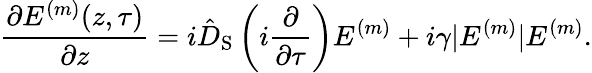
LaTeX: \frac{\partial E^{(m)}(z,\tau)}{\partial z}=i\hat{D}_{\mathrm{S}}\left(i\frac{\partial}{\partial\tau}\right)E^{(m)}+i\gamma|E^{(m)}|E^{(m)}.